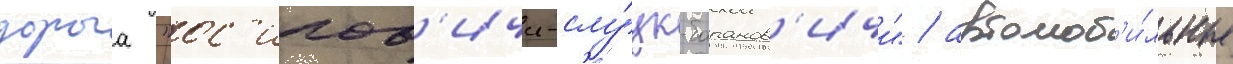
дорога "ос'ипов'ичи-слу́цк-баранов'ичи" / автомоб'и́льные